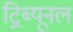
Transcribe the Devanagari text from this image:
ट्रिब्‍यूनल